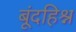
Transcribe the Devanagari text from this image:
बूंदहिश्न